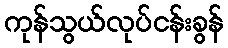
ကုန်သွယ်လုပ်ငန်းခွန်